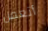
أتعمل